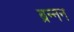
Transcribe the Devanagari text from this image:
ब्रन्नन